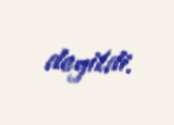
deyildi.